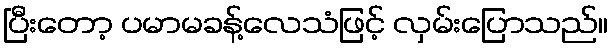
ပြီးတော့ ပမာမခန့်လေသံဖြင့် လှမ်းပြောသည်။